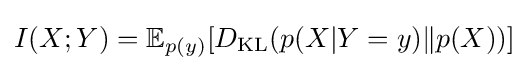
I(X;Y)=\mathbb {E} _{p(y)}[D_{\mathrm {KL} }(p(X|Y=y)\|p(X))]